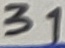
Text: 31